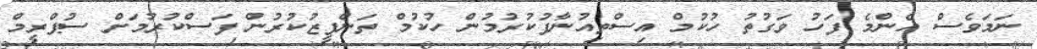
ނަމަވެސް އެންމެ ފަހު ވަގުތު ހުކުމް އިސްތިއުނާފުކުރުމުން ހުކުމް ތަންފީޒުކުރުން ފަސްކުރުމަށް ސުޕްރީމް